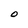
Character: 0